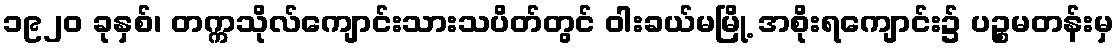
၁၉၂၀ ခုနှစ်၊ တက္ကသိုလ်ကျောင်းသားသပိတ်တွင် ဝါးခယ်မမြို့ အစိုးရကျောင်း၌ ပဉ္စမတန်းမှ